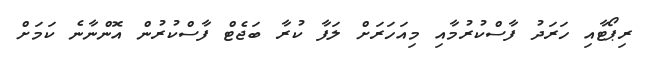
ރިޕޯޓާއި ހަރަދު ފާސްކުރުމާއި މިއަހަރަށް ލަފާ ކުރާ ބަޖެޓް ފާސްކުރުން އޮންނާނެ ކަަމަށް